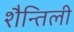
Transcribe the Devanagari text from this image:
शैन्तिली